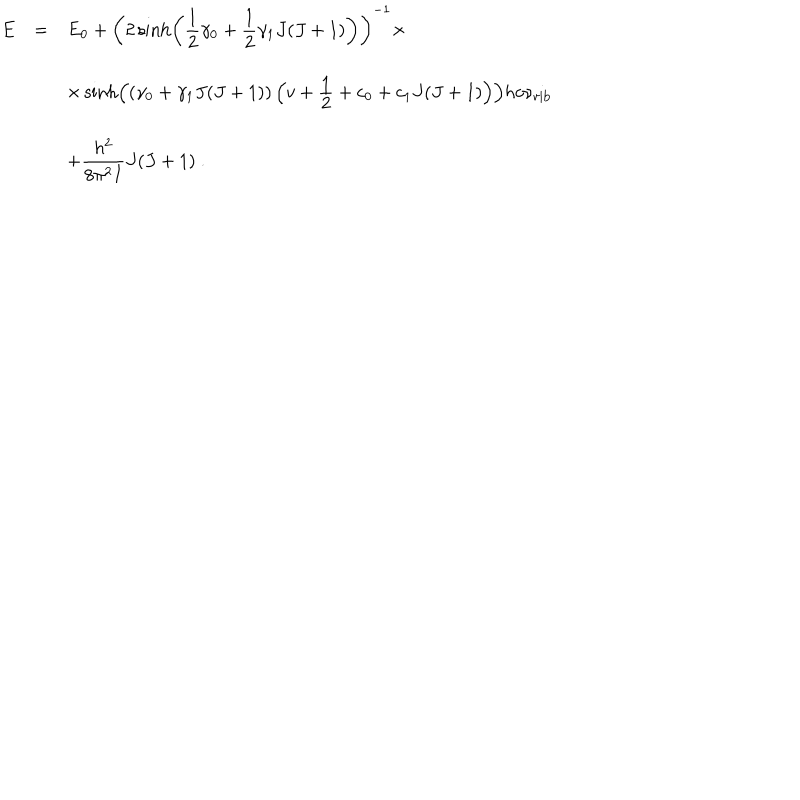
\begin{array} { r c l } { { E } } & { { = } } & { { E _ { 0 } + \left( \displaystyle 2 \sinh \left( { \frac { 1 } { 2 } } \gamma _ { 0 } + { \frac { 1 } { 2 } } \gamma _ { 1 } J ( J + 1 ) \right) \right) ^ { - 1 } \times } } \\ { { } } & { { } } & { { \times \sinh \left( \left( \displaystyle \gamma _ { 0 } + \gamma _ { 1 } J ( J + 1 ) \right) \left( v + { \frac { \displaystyle 1 } { \displaystyle 2 } } + c _ { 0 } + c _ { 1 } J ( J + 1 ) \right) \right) h c \nu _ { \mathrm { v i b } } } } \\ { { } } & { { } } & { { + \displaystyle \frac { h ^ { 2 } } { 8 \pi ^ { 2 } I } J ( J + 1 ) ~ . } } \\ \end{array}